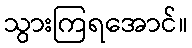
သွားကြရအောင်။